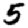
Digit: 5